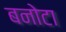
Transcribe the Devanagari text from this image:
बनोटा